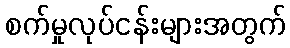
စက်မှုလုပ်ငန်းများအတွက်